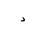
Letter: _dal